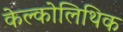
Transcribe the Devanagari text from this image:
केल्कोलिथिक